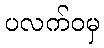
ပလက်ဝမှ